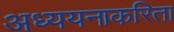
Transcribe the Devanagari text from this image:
अध्ययनाकरिता